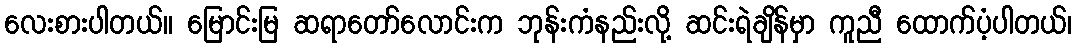
လေးစားပါတယ်။ မြောင်းမြ ဆရာတော်လောင်းက ဘုန်းကံနည်းလို့ ဆင်းရဲချိန်မှာ ကူညီ ထောက်ပံ့ပါတယ်၊